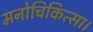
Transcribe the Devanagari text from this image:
मनोचिकित्सा।